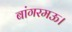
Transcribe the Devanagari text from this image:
बांगरमऊ।